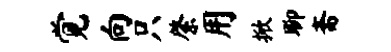
觉向只綮用掀聊斋